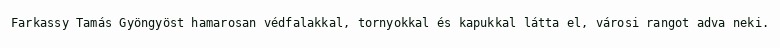
Farkassy Tamás Gyöngyöst hamarosan védfalakkal, tornyokkal és kapukkal látta el, városi rangot adva neki.